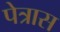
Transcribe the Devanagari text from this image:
पेत्रास